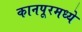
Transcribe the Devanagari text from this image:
कानपूरमध्ये